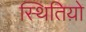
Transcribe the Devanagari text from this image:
स्थितिय़ो